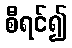
စီရင်၍